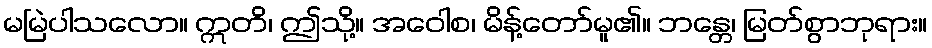
မမြဲပါသလော။ ဣတိ၊ ဤသို့။ အဝေါစ၊ မိန့်တော်မူ၏။ ဘန္တေ၊ မြတ်စွာဘုရား။